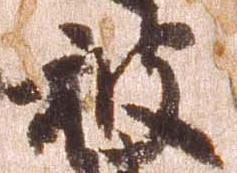
被